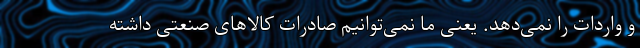
و واردات را نمی‌دهد. یعنی ما نمی‌توانیم صادرات کالاهای صنعتی داشته